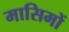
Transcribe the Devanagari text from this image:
मासिमों